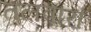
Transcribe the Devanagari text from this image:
तलवारां